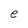
Character: e